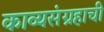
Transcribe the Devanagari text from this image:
काव्यसंग्रहाची